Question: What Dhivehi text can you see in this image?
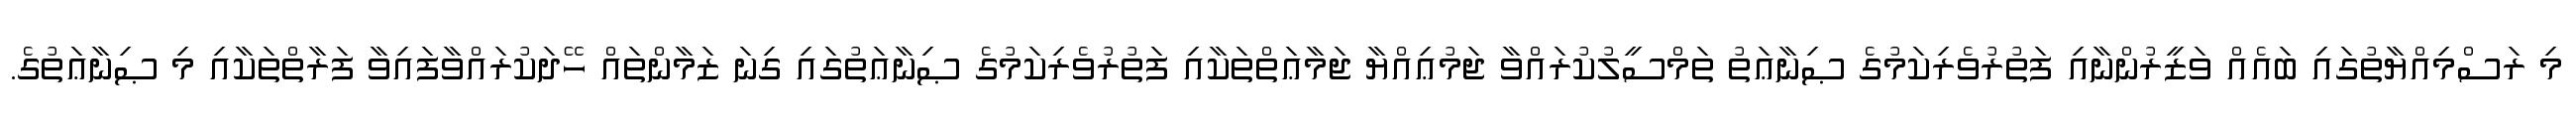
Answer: މި ރަސްމިއްޔާތުގައި ބައެއް ވަޒީރުންނާއި ފަތުރުވެރިކަމުގެ ޞިނާޢަތު ތަމްސީލުކުރައްވާ ޖަމުޢިއްޔާ ޖަމާޢަތްތަކާއި ފަތުރުވެރިކަމުގެ ޞިނާޢަތުގައި ގިނަ ޒަމާންތައް ހޭދަކުރައްވާފައިވާ ފަރާތްތަކާއި މި ޞިނާޢަތުގެ.